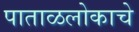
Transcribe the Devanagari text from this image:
पाताळलोकाचे